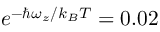
e ^ { - \hbar \omega _ { z } / k _ { B } T } = 0 . 0 2